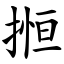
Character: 搄